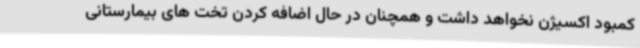
کمبود اکسیژن نخواهد داشت و همچنان در حال اضافه کردن تخت های بیمارستانی